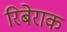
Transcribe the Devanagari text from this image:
रिबेराक